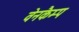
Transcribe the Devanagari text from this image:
वेनकैम्प